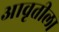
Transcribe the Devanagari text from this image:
आवृतीला